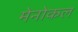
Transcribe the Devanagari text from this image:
मेनोकल